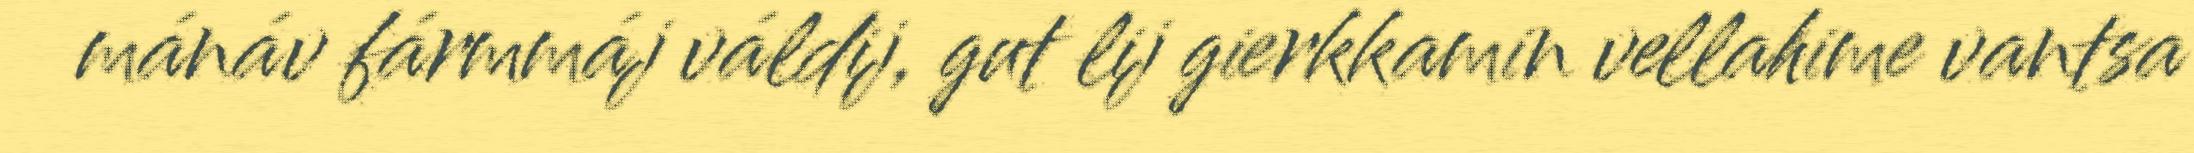
mánáv fármmáj váldij, gut lij gierkkamin vellahime vantsa